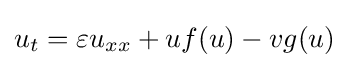
u_{t}=\varepsilon u_{xx}+uf(u)-vg(u)